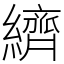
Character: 纃